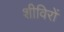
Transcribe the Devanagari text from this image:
शीविरों